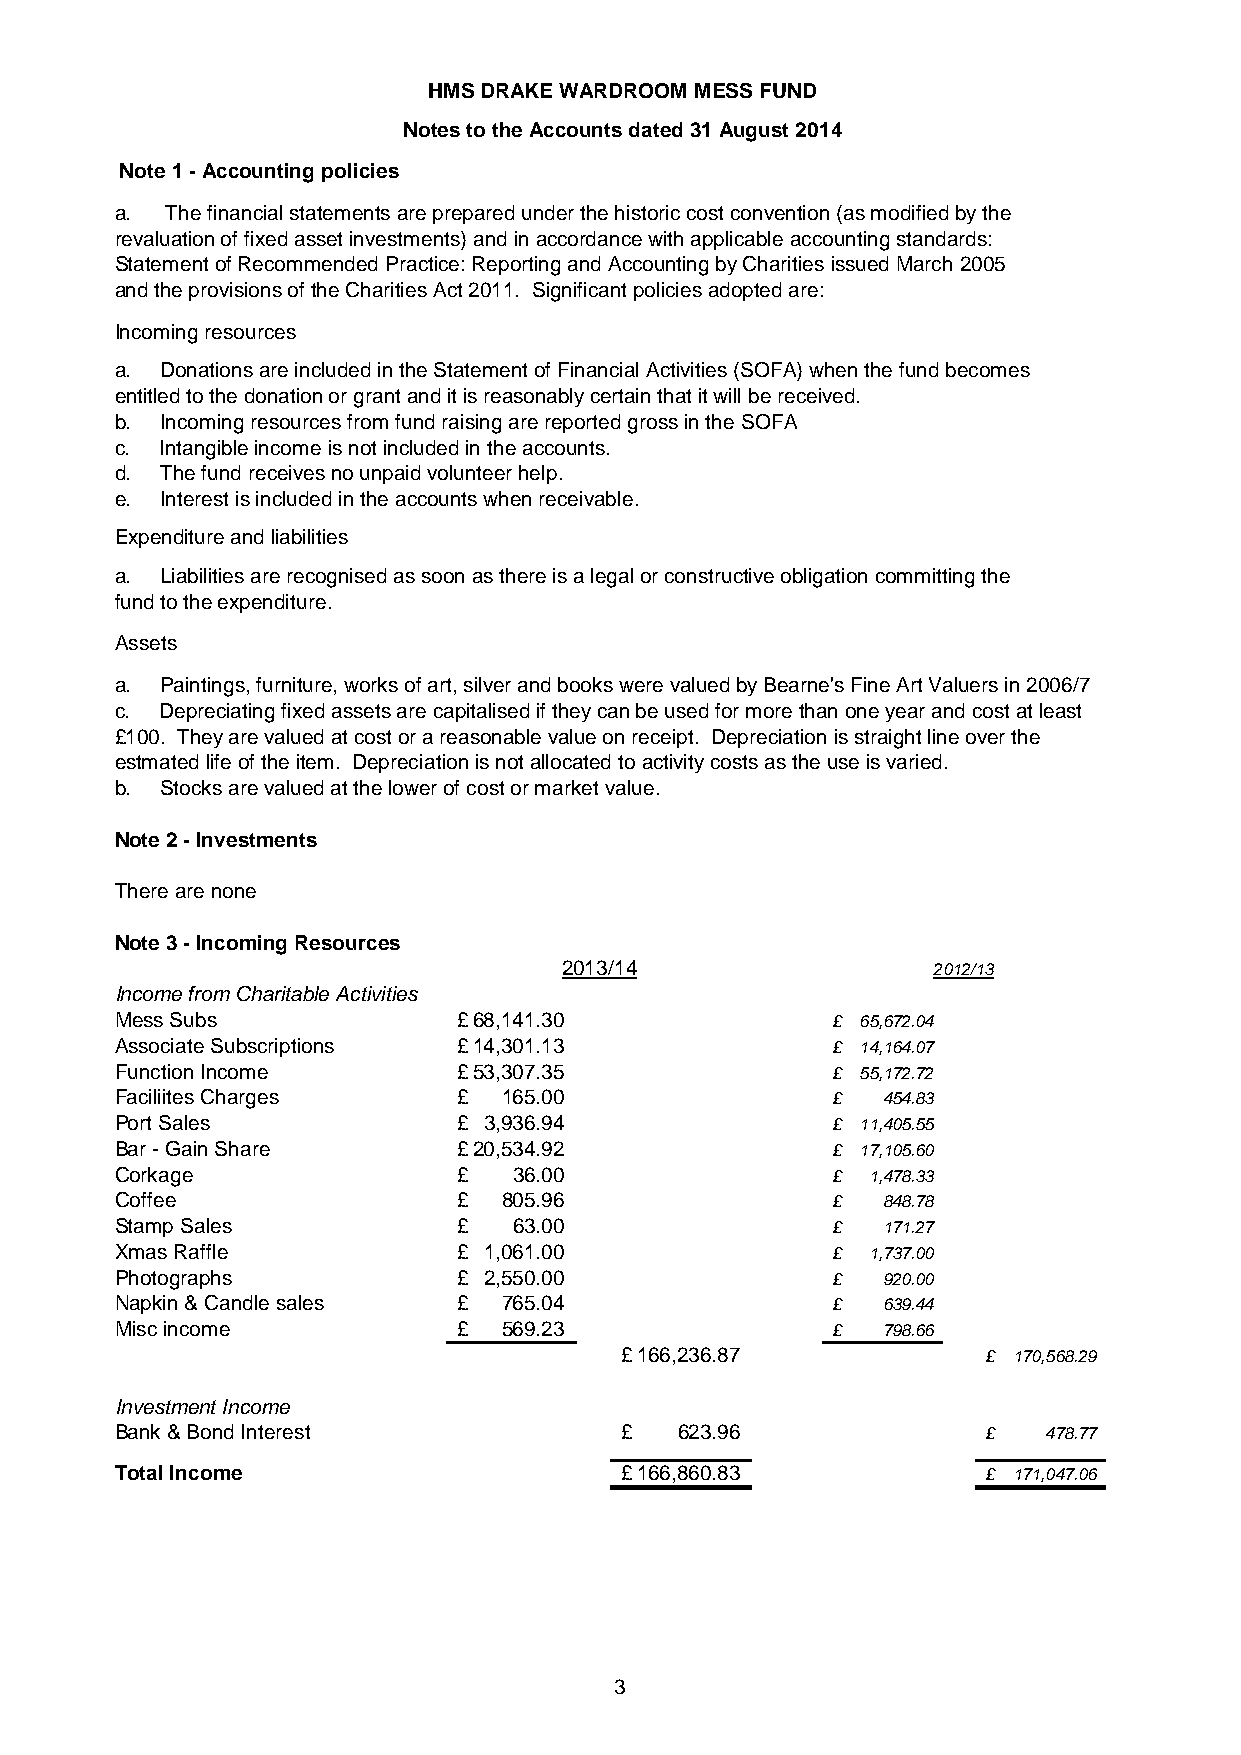
HMS DRAKE WARDROOM MESS FUND
 Notes to the Accounts dated 31 August 2014
 Note 1 - Accounting policies
 a. The financial statements are prepared under the historic cost convention (as modified by the
 revaluation of fixed asset investments) and in accordance with applicable accounting standards:
 Statement of Recommended Practice: Reporting and Accounting by Charities issued March 2005
 and the provisions of the Charities Act 2011. Significant policies adopted are:
 Incoming resources
 a. Donations are included in the Statement of Financial Activities (SOFA) when the fund becomes
 entitled to the donation or grant and it is reasonably certain that it will be received.
 b. Incoming resources from fund raising are reported gross in the SOFA
 c. Intangible income is not included in the accounts.
 d. The fund receives no unpaid volunteer help.
 e. Interest is included in the accounts when receivable.
 Expenditure and liabilities
 a. Liabilities are recognised as soon as there is a legal or constructive obligation committing the
 fund to the expenditure.
 Assets
 a. Paintings, furniture, works of art, silver and books were valued by Bearne's Fine Art Valuers in 2006/7
 c. Depreciating fixed assets are capitalised if they can be used for more than one year and cost at least
 £100. They are valued at cost or a reasonable value on receipt. Depreciation is straight line over the
 estmated life of the item. Depreciation is not allocated to activity costs as the use is varied.
 b. Stocks are valued at the lower of cost or market value.
 Note 2 - Investments
 There are none
 Note 3 - Incoming Resources
 2013/14                  2012/13
 Income from Charitable Activities
 Mess Subs             £ 68,141.30              £ 65,672.04
 Associate Subscriptions £ 14,301.13            £ 14,164.07
 Function Income       £ 53,307.35              £ 55,172.72
 Faciliites Charges    £  165.00                £  454.83
 Port Sales            £ 3,936.94               £ 11,405.55
 Bar - Gain Share      £ 20,534.92              £ 17,105.60
 Corkage               £   36.00                £ 1,478.33
 Coffee                £  805.96                £  848.78
 Stamp Sales           £   63.00                £  171.27
 Xmas Raffle           £ 1,061.00               £ 1,737.00
 Photographs           £ 2,550.00               £  920.00
 Napkin & Candle sales £  765.04                £  639.44
 Misc income           £  569.23                £  798.66
 £ 166,236.87            £ 170,568.29
 Investment Income
 Bank & Bond Interest             £   623.96              £   478.77
 Total Income                     £ 166,860.83            £ 171,047.06
 3